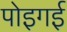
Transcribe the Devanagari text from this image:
पोइगई